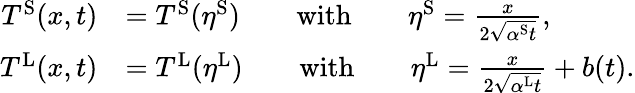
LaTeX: \begin{array}{rl}{T^{\mathrm{S}}(x,t)}&{=T^{\mathrm{S}}(\eta^{\mathrm{S}})\qquad\mathrm{with}\qquad\eta^{\mathrm{S}}=\frac{x}{2\sqrt{\alpha^{\mathrm{S}}t}},}\\ {T^{\mathrm{L}}(x,t)}&{=T^{\mathrm{L}}(\eta^{\mathrm{L}})\qquad\mathrm{with}\qquad\eta^{\mathrm{L}}=\frac{x}{2\sqrt{\alpha^{\mathrm{L}}t}}+b(t).}\end{array}